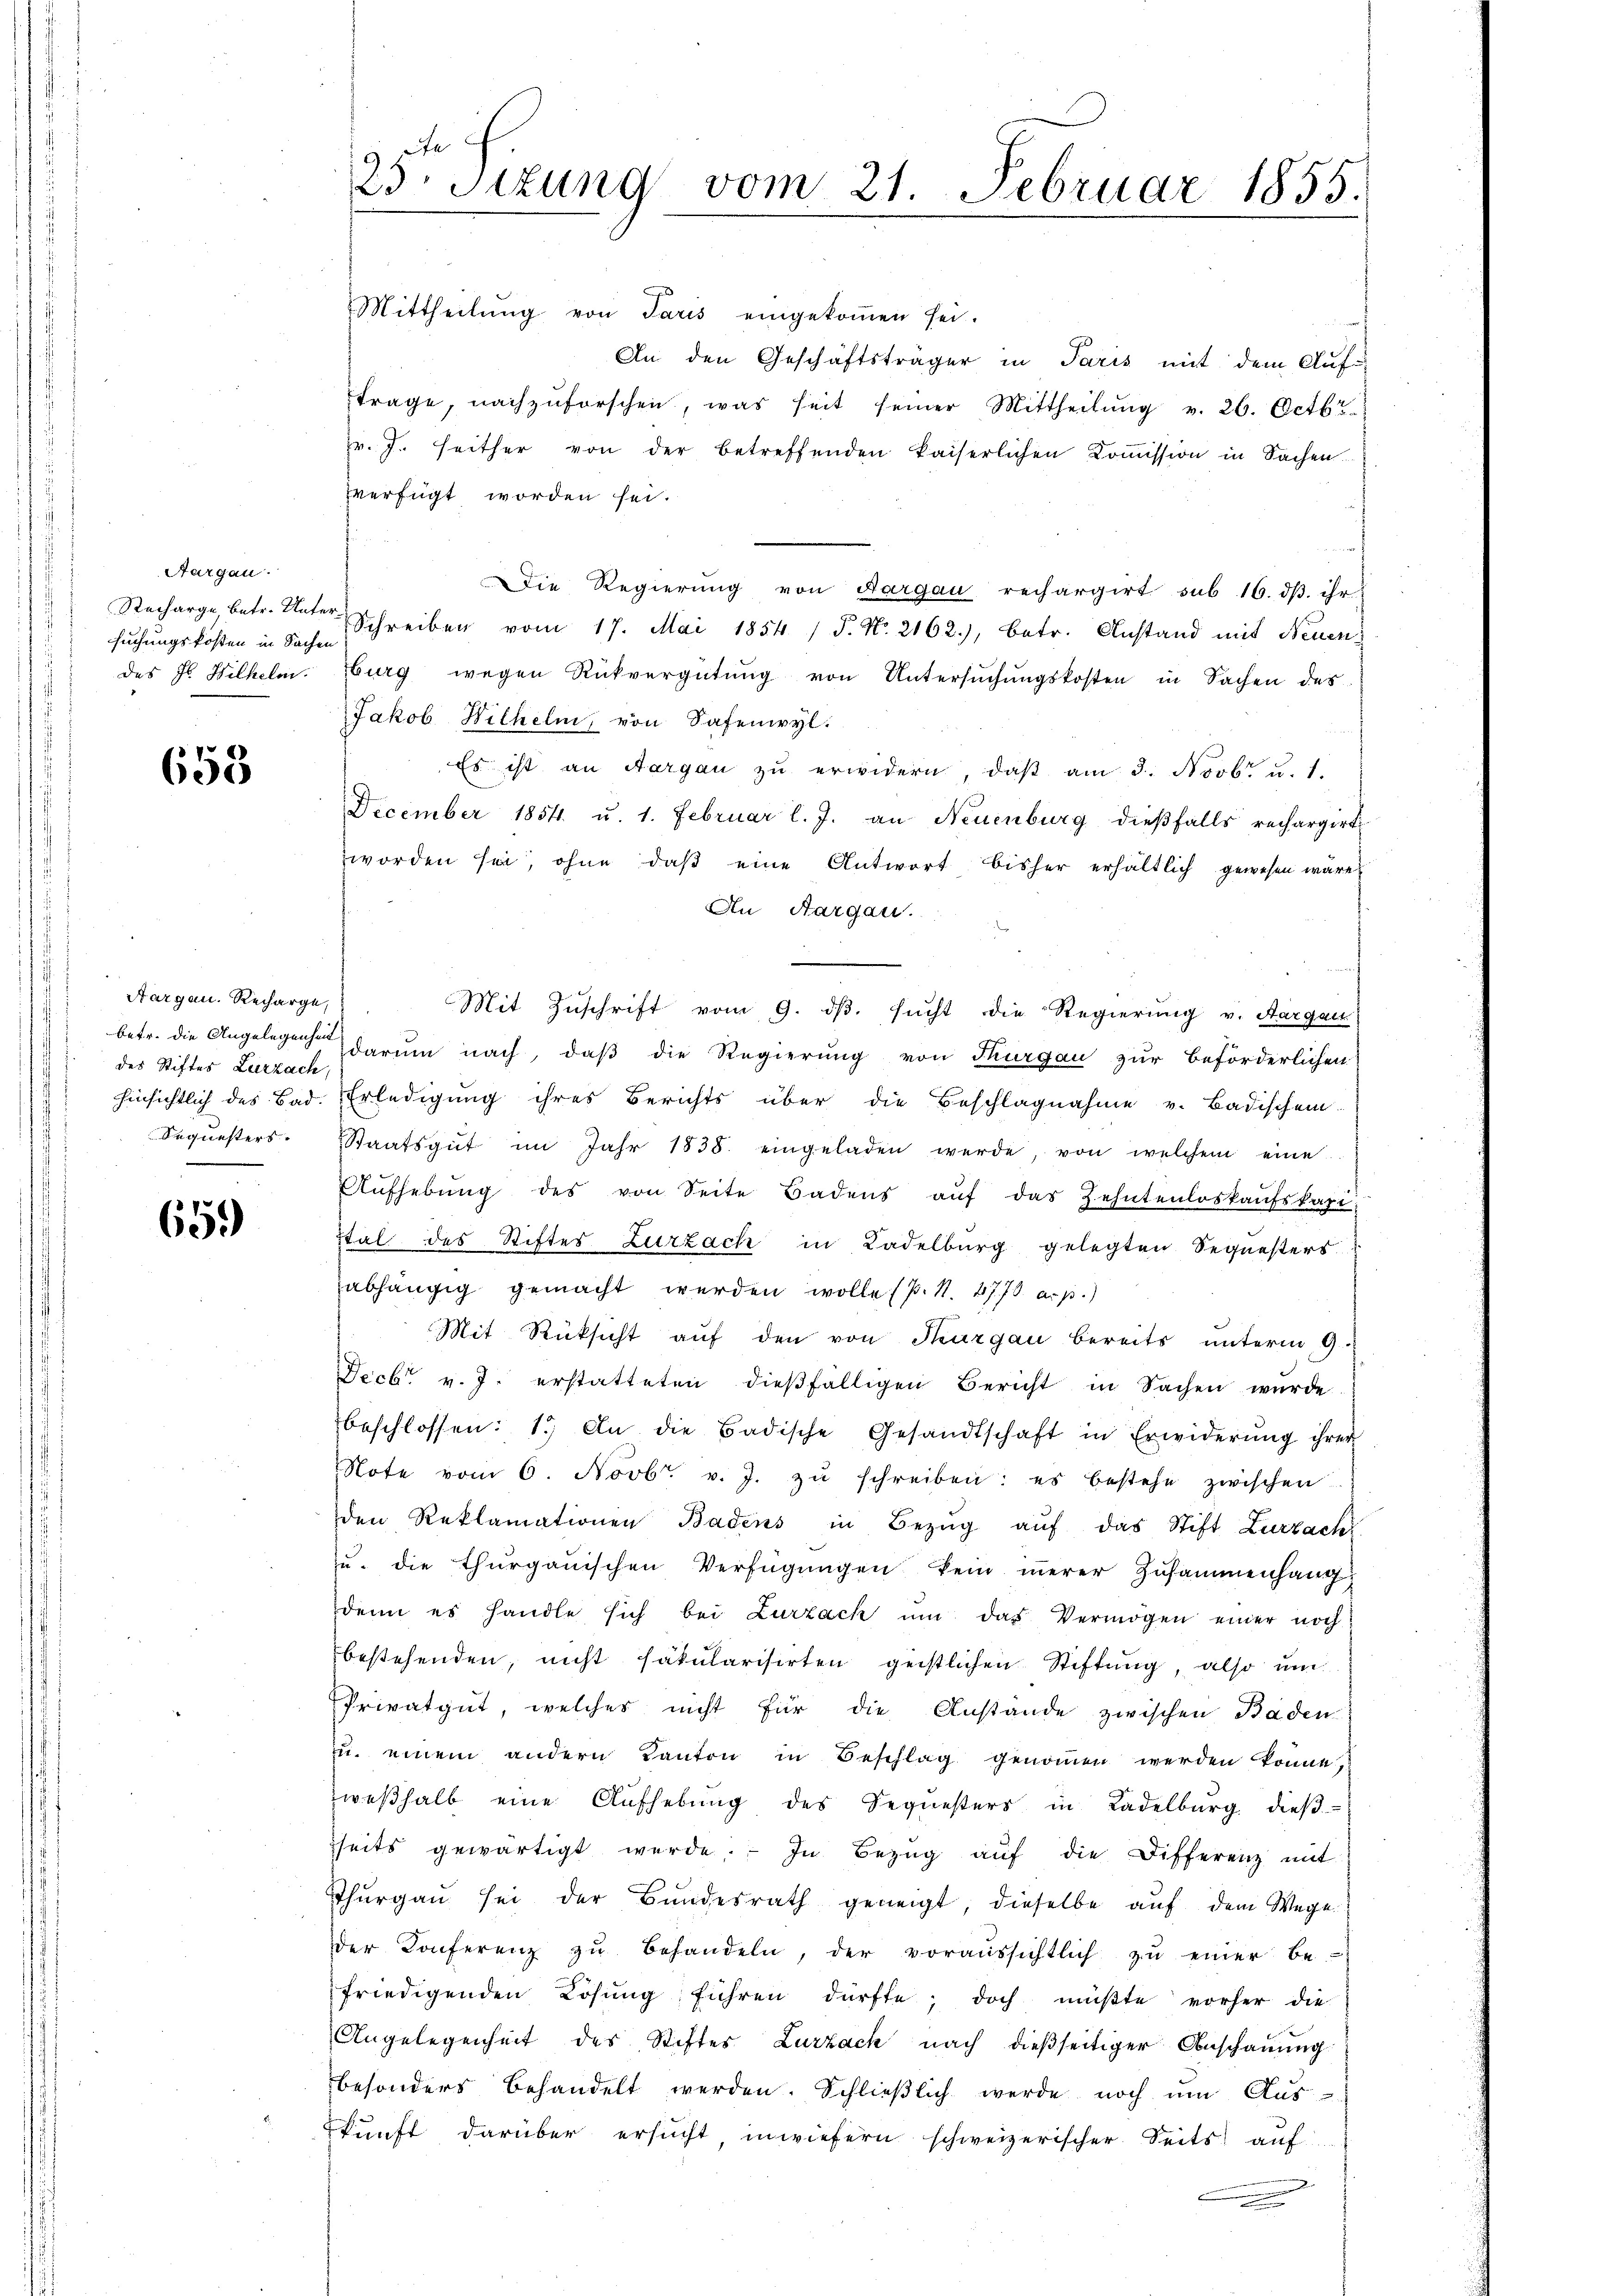
Aargau.
suchungskosten in Sachen

653

Aargau. Recharge,
betr. die Angelegenheit
des Stiftes Zurzach,

659

23 Sizung vom 21. Februar 1855.

Mittheilŭng von Paris eingekoṁen sei.
An den Geschäftsträger in Paris mit dem Auf-
trage, nachzŭforschen, was seit seiner Mittheilŭng v. 26. Octbr.
pr. J. seither von der betreffenden kaiserlichen Koṁission in Sachen.
verfügt worden sei.
Die Regierung von Aargau rechargirt sub 16. dβ ihr
Recharge betr. Unter Schreiben vom 17. Mai 1854 / P. Nr. 2162.), betr. Anstand mit Neuendes J. Wilhelm. Burg wegen Rückvergütŭng von Untersŭchŭngskosten in Sachen des
Jakob Wilhelm, von Safenwyl.
Es ist an Aargau zu erwidern, daß am 3. Novbr. u. 1.
December 1854 u. 1. Februar l. J. an Neuenburg dieβfalls rechargirt
worden sei, ohne daβ eine Antwort bisher erhältlich gewesen wäre,
An Aargau.
Mit Zuschrift vom 9. ds. sucht die Regierung v. Aargau
darum nach, daß die Regierung von Thurgau zur Beförderlichen
hinsichtlich des Bad. Erledigung ihres Berichts über die Beschlagnahme v. Badischem
Sequesters. Staatsgŭt im Jahr 1838. eingeladen werde, von welchem eine
Aŭfhebŭng des von Seite Badens aŭf das Zehntenloskaŭfskapi-
stal des Stifter Zurzach in Ladelburg gelegten Sequesters
abhängig gemacht werden wolle (s. S. 2773. a. p.)
Mit Rücksicht aŭf den von Thurgau bereits ŭnterm 9.
Decbr. v. J. erstatteten dießfälligen Bericht in Sachen wurde
beschlossen: 1.) An die Badische Gesandtschaft in Erwiderŭng ihrer
Note vom 6. Novbr. v. J. zŭ schreiben: es bestehe zwischen
den Reklamationen Badens in Bezŭg aŭf das Stift Zurzach
zu. die thurgauischen Verfügungen kein innerer Zusammenhang
denn es handle sich bei Zurzach ŭm das Vermögen einer noch
bestehenden, nicht fakularisirten geistlichen Stiftung, also um
Privatgut, welches nicht für die Anstände zwischen Baden
zŭ. einem andern Kanton in Beschlag genoṁen werden könne,
weβhalb eine Aufhebŭng des Sequesters in Ladelburg dieβ-
seits gewärtigt werde. In Bezŭg aŭf die Differenz mit
Thŭrgaŭ sei der Bŭndesrath geneigt, dieselbe aŭf dem Wege
der Konferenz zŭ behandeln, der voraŭssichtlich zŭ einer be-
friedigenden Lösung führen dürfte; doch müßte vorher die
Angelegenheit des Stiftes Zurzach nach dießseitiger Anschauung
besonders behandelt werden. Schlieβlich werde noch ŭm Aŭs-
kunft darüber ersucht inwiefern schweizerischer Seits auf
n